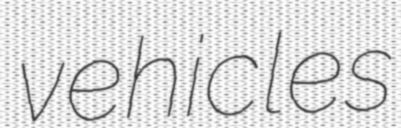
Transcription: vehicles